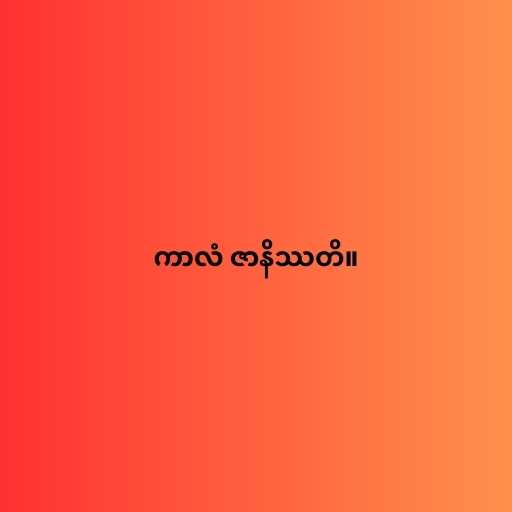
ကာလံ ဇာနိဿတိ။